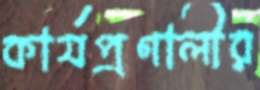
কার্যপ্রণালীর